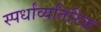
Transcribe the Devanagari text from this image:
स्पर्धांव्यतिरिक्त